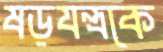
ষড়যন্ত্রকে